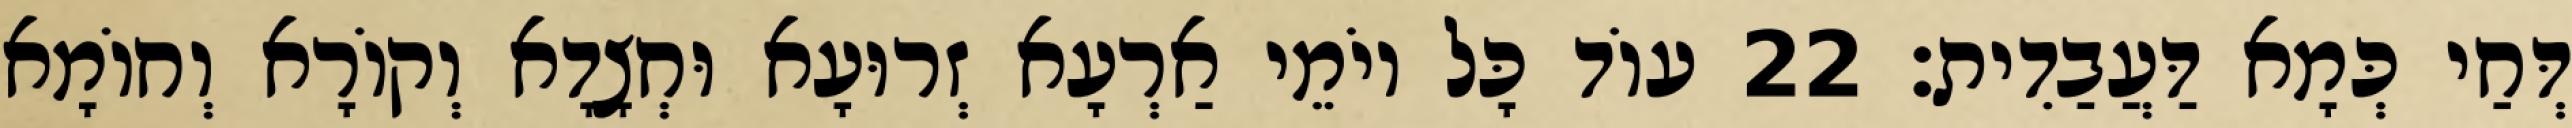
דְּחַי כְּמָא דַּעֲבַדִית׃ 22 עוֹד כָּל יוֹמֵי אַרְעָא זְרוּעָא וּחְצָדָא וְקוֹרָא וְחוֹמָא